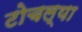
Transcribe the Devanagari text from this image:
टोचल्या